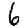
Digit: 6